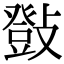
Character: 𢿤